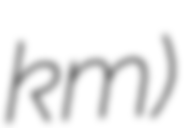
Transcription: km)